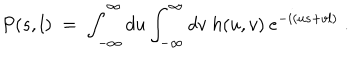
P ( s , l ) \; = \; \int _ { - \infty } ^ { \infty } d u \int _ { - \infty } ^ { \infty } d v \; h ( u , v ) \: e ^ { - i ( u s + v l ) } \; .